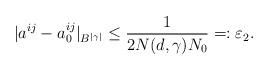
LaTeX: \begin{align*} |a^{ij}-a_{0}^{ij}|_{B^{|\gamma|}} \leq \frac{1}{2N(d,\gamma)N_{0}}=:\varepsilon_2.\end{align*}